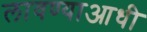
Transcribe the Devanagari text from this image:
लावण्‍याआधी